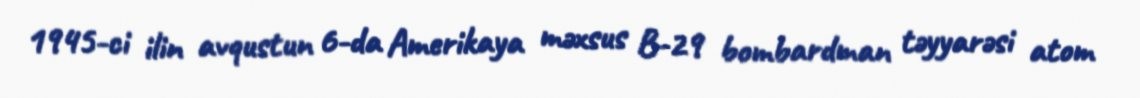
1945-ci ilin avqustun 6-da Amerikaya məxsus B-29 bombardman təyyarəsi atom